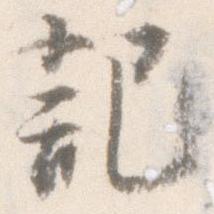
記